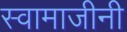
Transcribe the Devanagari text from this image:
स्वामाजीनी